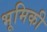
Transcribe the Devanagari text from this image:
भूमिकी